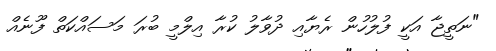
"ނަތީޖާ އަކީ ފުލުހުން ރެޔާއި ދުވާލު ކުރާ އިލްމީ ބުރަ މަސައްކަތް ފޫނެއް